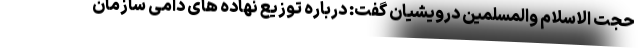
حجت الاسلام والمسلمین درویشیان گفت: درباره توزیع نهاده های دامی سازمان